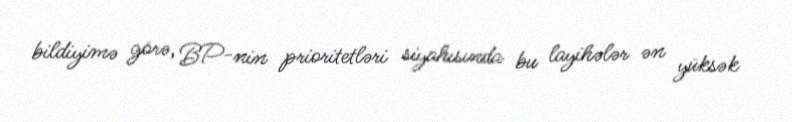
bildiyimə görə, BP-nin prioritetləri siyahısında bu layihələr ən yüksək